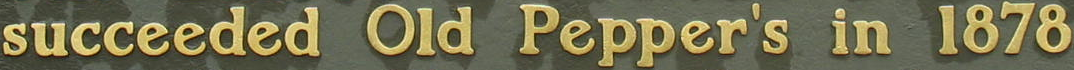
succeeded Old Pepper's in 1878